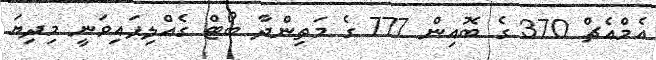
އެމްއެޗް 370 ގެ ބޮއިން 777 ގެ މަތިންދާ ބޯޓް ގެއްލިފައިވަނީ މިދިޔަ